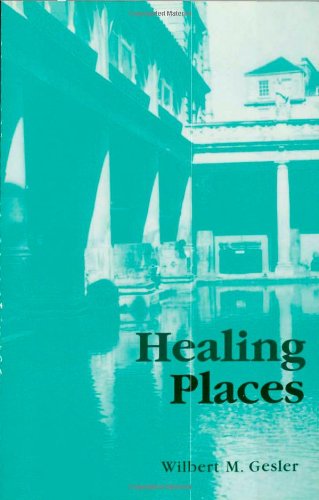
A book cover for Healing Places; Wilbert M. Gesler; Travel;